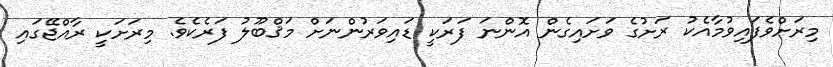
މިރަށްވެފައިވުމާއެކު ރަށުގެ ވަށައިގެން އޮންނަ ފަރަކީ ޑައިވަރުންނަށް މަޤްބޫލު ފަރެކެވެ. މިރަށަކީ ރާއްޖޭގައި